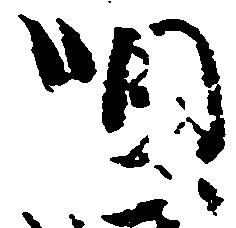
唄